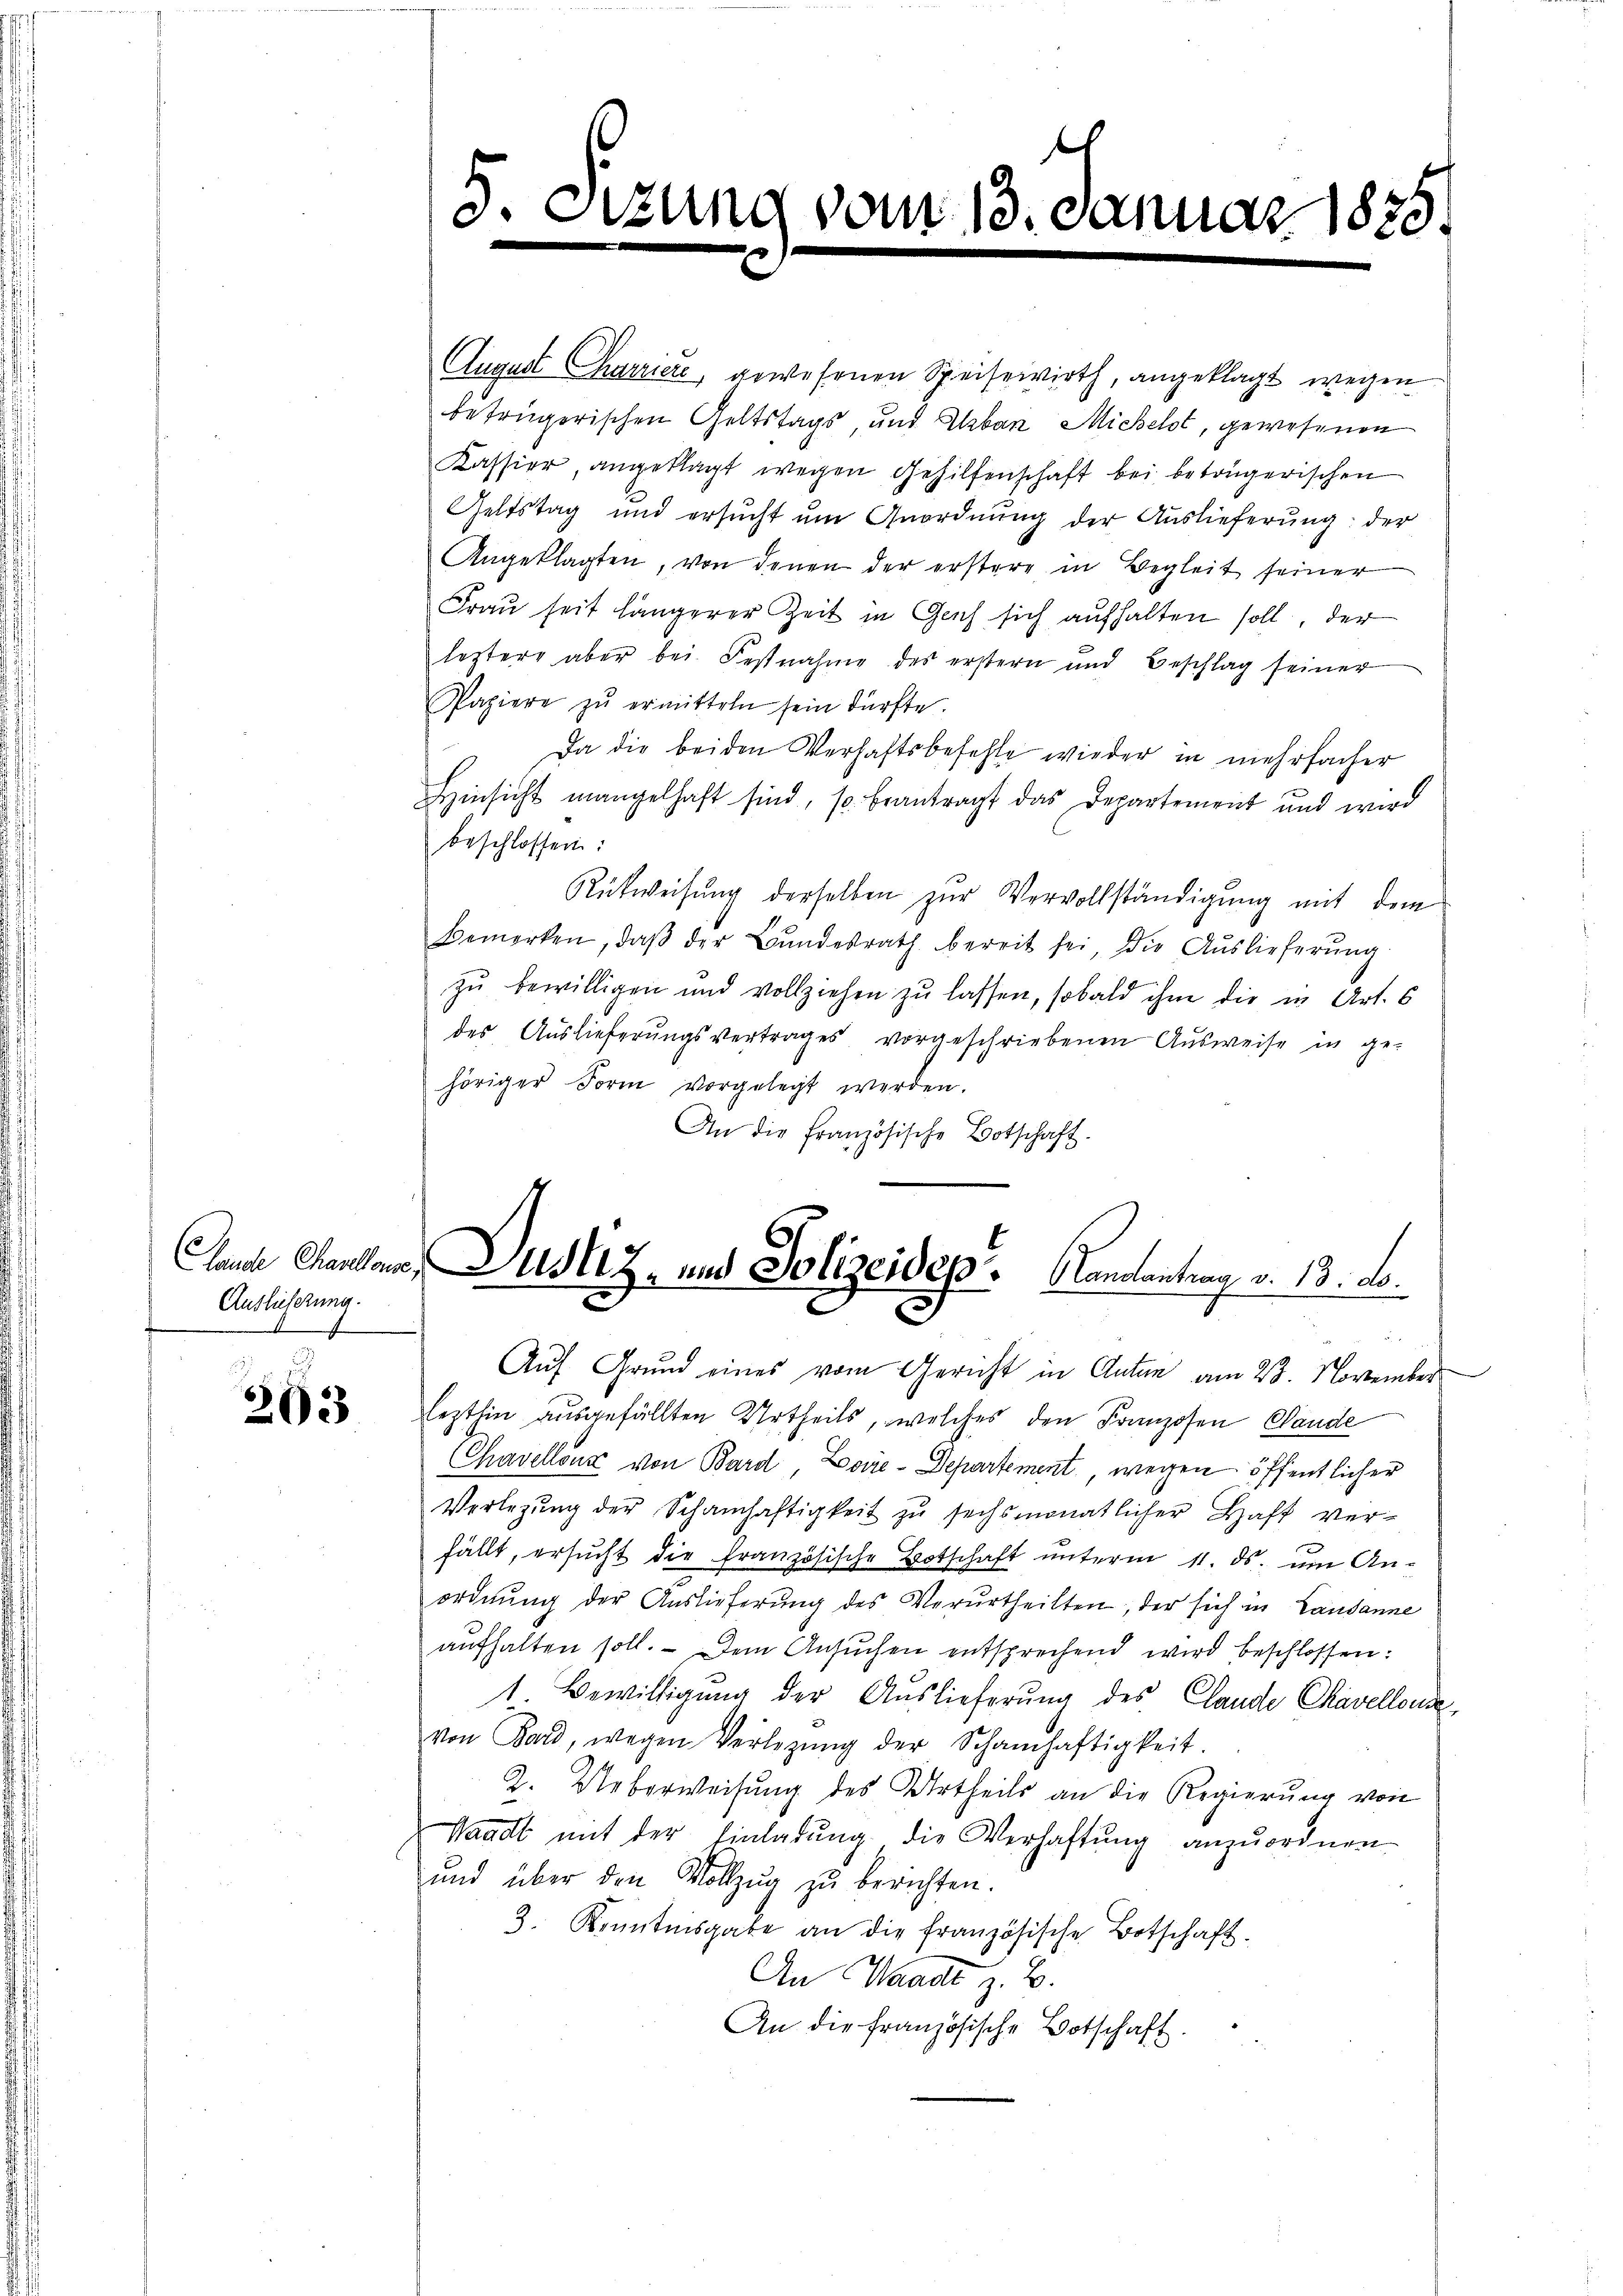
Auslieferung.

263

5. d

tzung vom 13. Januar 1875.

August Charriere, gewesenen Speisewirth, angeklagt wegen
betrügerischen Geltstags, und Urban Michelt, gewesenen
Kassier, angeklagt wegen Gehilfenschaft bei betrügerischen
Geltstag und ersucht um Geordnung der Auslieferung: der
Angeklagten, von denen der erstere in Begleit seiner
Frau seit längerer Zeit in Gach sich aufhalten soll, der
leztere aber bei Festnahme des erstern und Beschlag seiner
Papiere zŭ ermitteln sein dürfte.
Da die beiden Verhaftsbefehle wieder in mehrfacher
Hinsicht mangelhaft sind, so beantragt das Departement und wird
beschlossen:
Rükweisung derselben zur Vervollständigung mit dem
bemerken, daβ der Bŭndesrath bereit sei, die Aŭslieferŭng
zŭ bewilligen und vollziehen zŭ lassen, sobald ihm die in Art. 6
des Auslieferungsvertrages vorgeschriebenen Ausweise in gehöriger Form vorgelegt werden.
An die französische Botschaft.
Auf Grund eines vom Gericht in Anton am 23. November
lezthin ausgefällten Urtheils, welches den Franzosen Pande
Chavellenz von Bard, Loiie-Departement wegen öffentlicher
Verlegŭng der Schamhaftigkeit zŭ sechsmonatlicher Haft ver-
fällt, ersŭcht die französische Botschaft ŭnterm 11. ds. um An-
ordnŭng der Auslieferung des Verurtheilten, der sich in Landanne
aŭfhalten soll. Dem Ansŭchen entsprechend wird beschlossen:
1 Bewilligŭng der Auslieferŭng des Claude Chavelloude,
von Bard, wegen Verlegŭng der Schamhaftigkeit.
2. Ueberweisŭng des Urtheils an die Regierŭng von
Waadt mit der Einladŭng die Verhaftung anzuordnen
und über den Vollzug zu berichten.
3. Kenntnisgabe an die französische Botschaft.
An Waadt z. B.
An die französische Botschaft.

Clande Charlame, Justiz- und Polizeidep. Handantrag v. 13. d.
3